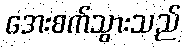
အေးစက်သွားသည်